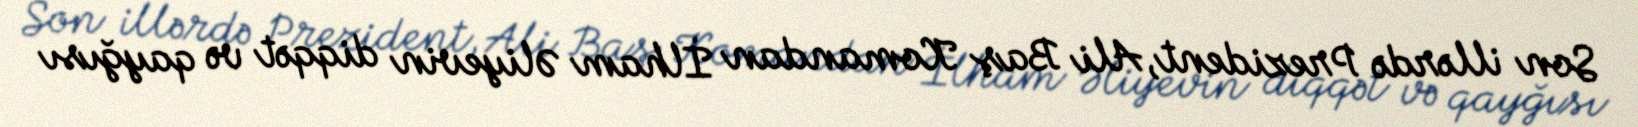
Son illərdə Prezident, Ali Baş Komandan İlham Əliyevin diqqət və qayğısı